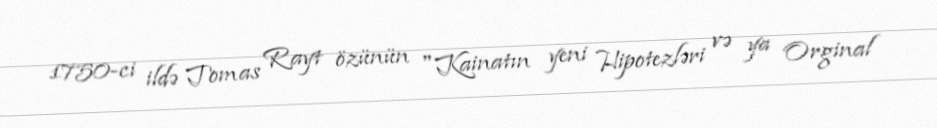
1750-ci ildə Tomas Rayt özünün "Kainatın yeni Hipotezləri və ya Orginal